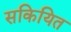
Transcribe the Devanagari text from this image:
सकियित